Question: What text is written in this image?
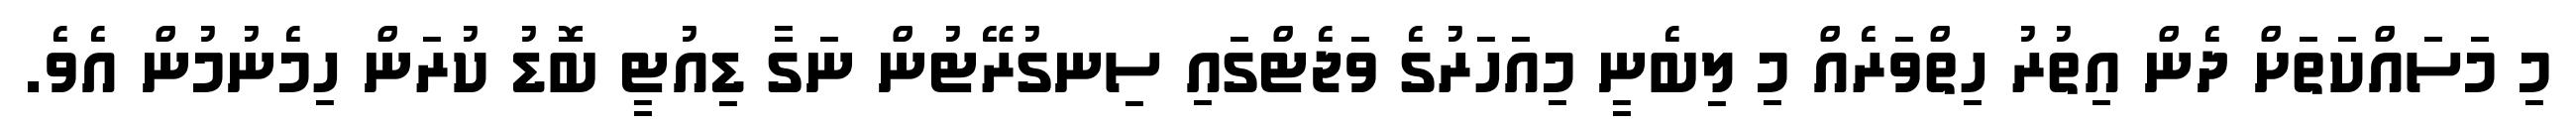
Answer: މި މަސައްކަތަށް ދެން އިތުރު ހިތްވަރެއް މި ލިބެނީ މިއަހަރުގެ ވަޖެޓްގައި ސިނގުރޭޓުން ނަގާ ޑިއުޓީ ބޮޑު ކުރަން ހިމެނުމުން އެވެ.